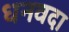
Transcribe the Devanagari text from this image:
धनवदा